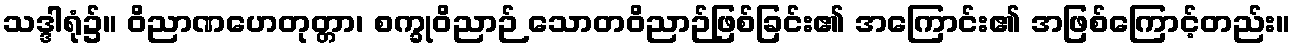
သဒ္ဒါရုံ၌။ ဝိညာဏဟေတုတ္တာ၊ စက္ခုဝိညာဉ် သောတဝိညာဉ်ဖြစ်ခြင်း၏ အကြောင်း၏ အဖြစ်ကြောင့်တည်း။